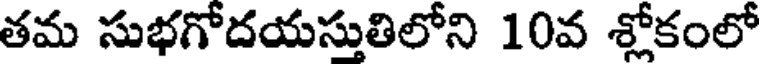
తమ సుభగోదయస్తుతిలోని 10వ శ్లోకంలో